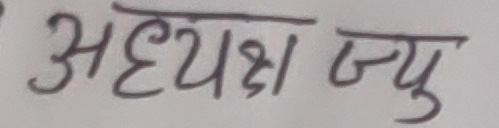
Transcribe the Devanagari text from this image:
अध्यक्ष ज्यु